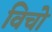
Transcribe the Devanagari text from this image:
विचो